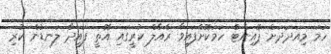
ހަމަ މިއަދަދަށް ޕޮއިންޓް ހަމަކޮށްފައިވާ ރެއާލް ކުރީގައި އޮތީ ފައިދާ ލަނޑުން ކުރި